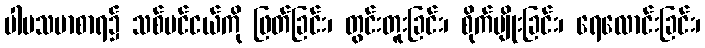
ပါပသမာစာရ၌ သစ်ပင်ငယ်ကို ဖြတ်ခြင်း၊ တွင်းတူးခြင်း၊ စိုက်ပျိုးခြင်း၊ ရေလောင်းခြင်း၊